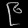
Digit: ၉